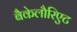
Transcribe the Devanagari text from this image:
बैकेलौरिएट